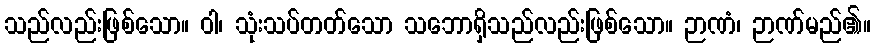
သည်လည်းဖြစ်သော။ ဝါ၊ သုံးသပ်တတ်သော သဘောရှိသည်လည်းဖြစ်သော။ ဉာဏံ၊ ဉာဏ်မည်၏။